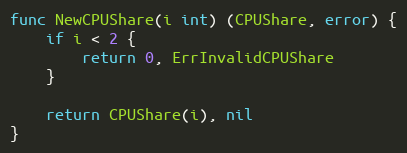
Language: Go
func NewCPUShare(i int) (CPUShare, error) {
	if i < 2 {
		return 0, ErrInvalidCPUShare
	}

	return CPUShare(i), nil
}